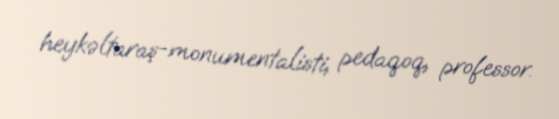
heykəltaraş-monumentalisti, pedaqoq, professor.